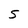
Character: 5